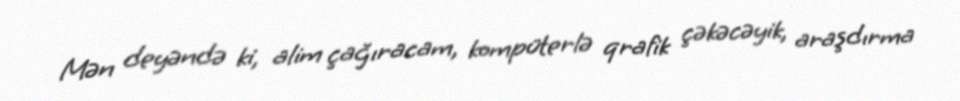
Mən deyəndə ki, alim çağıracam, kompüterlə qrafik çəkəcəyik, araşdırma